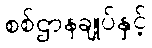
စစ်ဌာနချုပ်နှင့်